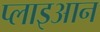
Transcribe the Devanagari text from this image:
प्लाइआन